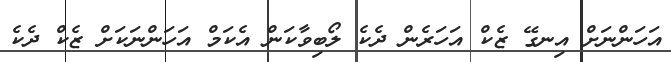
އަހަންނަށް އިނގޭ ޒެކް އަހަރެން ދެކެ ލޯބިވާކަން އެކަމް އަހަންނަކަށް ޒެކް ދެކެ